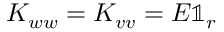
K _ { w w } = K _ { v v } = E \mathbb { 1 } _ { r }